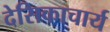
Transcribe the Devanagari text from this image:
देसिकाचार्य